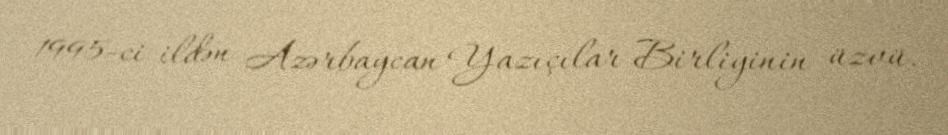
1995-ci ildən Azərbaycan Yazıçılar Birliyinin üzvü.